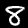
Label: 8